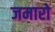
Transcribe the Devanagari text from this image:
जमारो